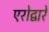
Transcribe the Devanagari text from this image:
एरोद्वारे